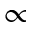
\propto